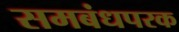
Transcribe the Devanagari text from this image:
समबंधपरक